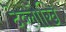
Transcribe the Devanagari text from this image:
देव्लोखि